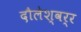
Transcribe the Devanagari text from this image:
दौलेश्वर्र